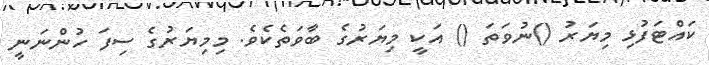
ކައްޓަފުޅި މިޔަރު ()ނުވަތަ () އަކީ މިޔަރުގެ ބާވަތެކެވެ. މިމިޔަރުގެ ސިފަ ހުންނަނީ